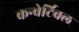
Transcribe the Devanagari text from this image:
कन्वेर्टिवल